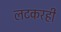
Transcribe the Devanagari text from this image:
लटकरही